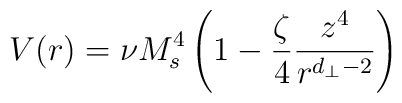
V(r) = \nu M_s^4 \left( 1 -  \frac{\zeta}{4} \frac{z^4}{r^{d_{\perp}-2}} \right)